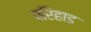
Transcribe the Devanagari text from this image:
परिहाड